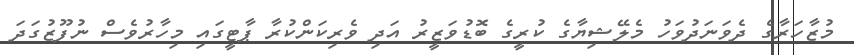
މުޒާހަރާގެ ދެވަނަދުވަހު މެލޭޝިޔާގެ ކުރީގެ ބޮޑުވަޒީރު އަދި ވެރިކަންކުރާ ޕާޓީގައި މިހާރުވެސް ނުފޫޒުގަދަ